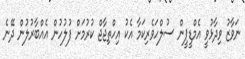
ނަވާޒު ވިދާޅުވީ އެމްޑީޕީން ސުލްހަވެރިކަމާ އެކު އިހްތިޖާޖް ކުރުމަށް ފުލުހުން އެއްބާރުލުން ދޭނެ